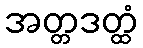
အတ္တဒတ္ထံ